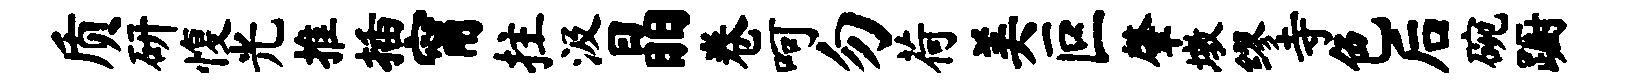
质研愎光推插甯拄汲晶卷呵勿荷美叵肇墩缪寺色后碗蹰